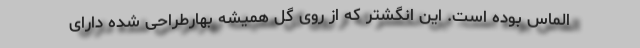
الماس بوده است. این انگشتر که از روی گل همیشه بهارطراحی شده دارای